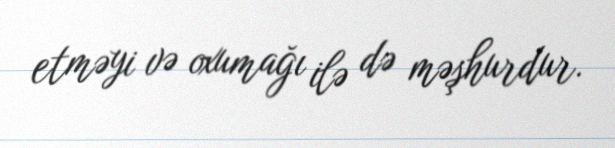
etməyi və oxumağı ilə də məşhurdur.